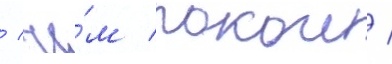
/ че́м покои /